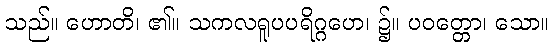
သည်။ ဟောတိ၊ ၏။ သကလရူပပရိဂ္ဂဟေ၊ ၌။ ပဝတ္တော၊ သော။